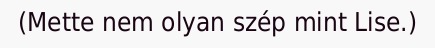
(Mette nem olyan szép mint Lise.)